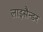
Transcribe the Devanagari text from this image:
लाइसैन्डर